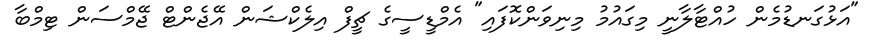
"އަޅުގަނޑުމެން ހުއްޓާލާނީ މިގައުމު މިނިވަންކޮފައި" އެމްޑީސީގެ ޗީފް އިލެކްޝަން އޭޖެންޓް ޖޭމްސަން ޓިމްބާ